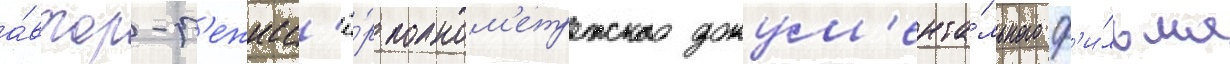
а́втор-р'ежисс'ё́р полном'етражного докум'ента́льного ф'и́льма